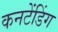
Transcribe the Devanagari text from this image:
कनटेंडिंग